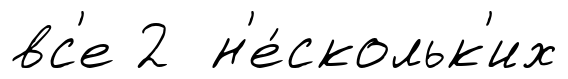
вс'е 2 н'е́скольк'их